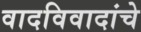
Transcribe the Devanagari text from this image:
वादविवादांचे